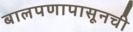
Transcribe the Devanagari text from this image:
बालपणापासूनची